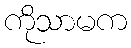
ကိုသာမက